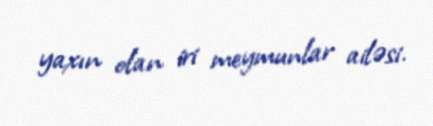
yaxın olan iri meymunlar ailəsi.